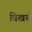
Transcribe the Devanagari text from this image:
विखर्ब